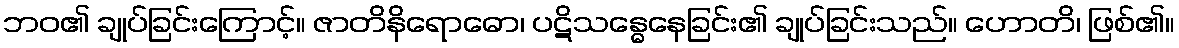
ဘဝ၏ ချုပ်ခြင်းကြောင့်။ ဇာတိနိရောဓော၊ ပဋိသန္ဓေနေခြင်း၏ ချုပ်ခြင်းသည်။ ဟောတိ၊ ဖြစ်၏။